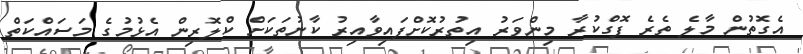
އެގޮތުން މާލެ ތެރެ ފޮގްކުރާ މިންވަރު އިތުރުކޮށްފައިވާއިރު ކާނުތަކަށް ކްލޮރިން އެޅުމުގެ މަސައްކަތް